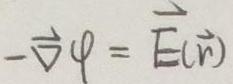
\(-\vec{\nabla} \varphi = \vec{E}(\vec{r})\)